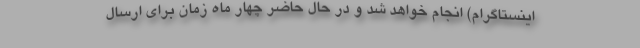
اینستاگرام) انجام خواهد شد و در حال حاضر چهار ماه زمان برای ارسال